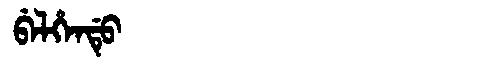
Manchu: ᠪᡝᠯᡥᡝᠨᡩᡠ
Romanization: BELHENDU